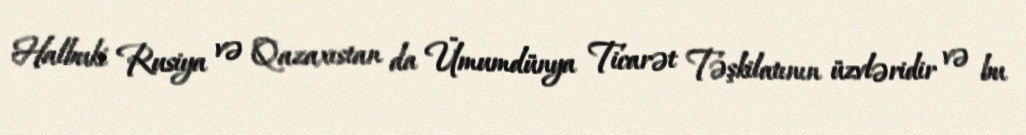
Halbuki Rusiya və Qazaxıstan da Ümumdünya Ticarət Təşkilatının üzvləridir və bu